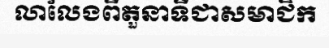
លាលែងពីតួនាទីជាសមាជិក